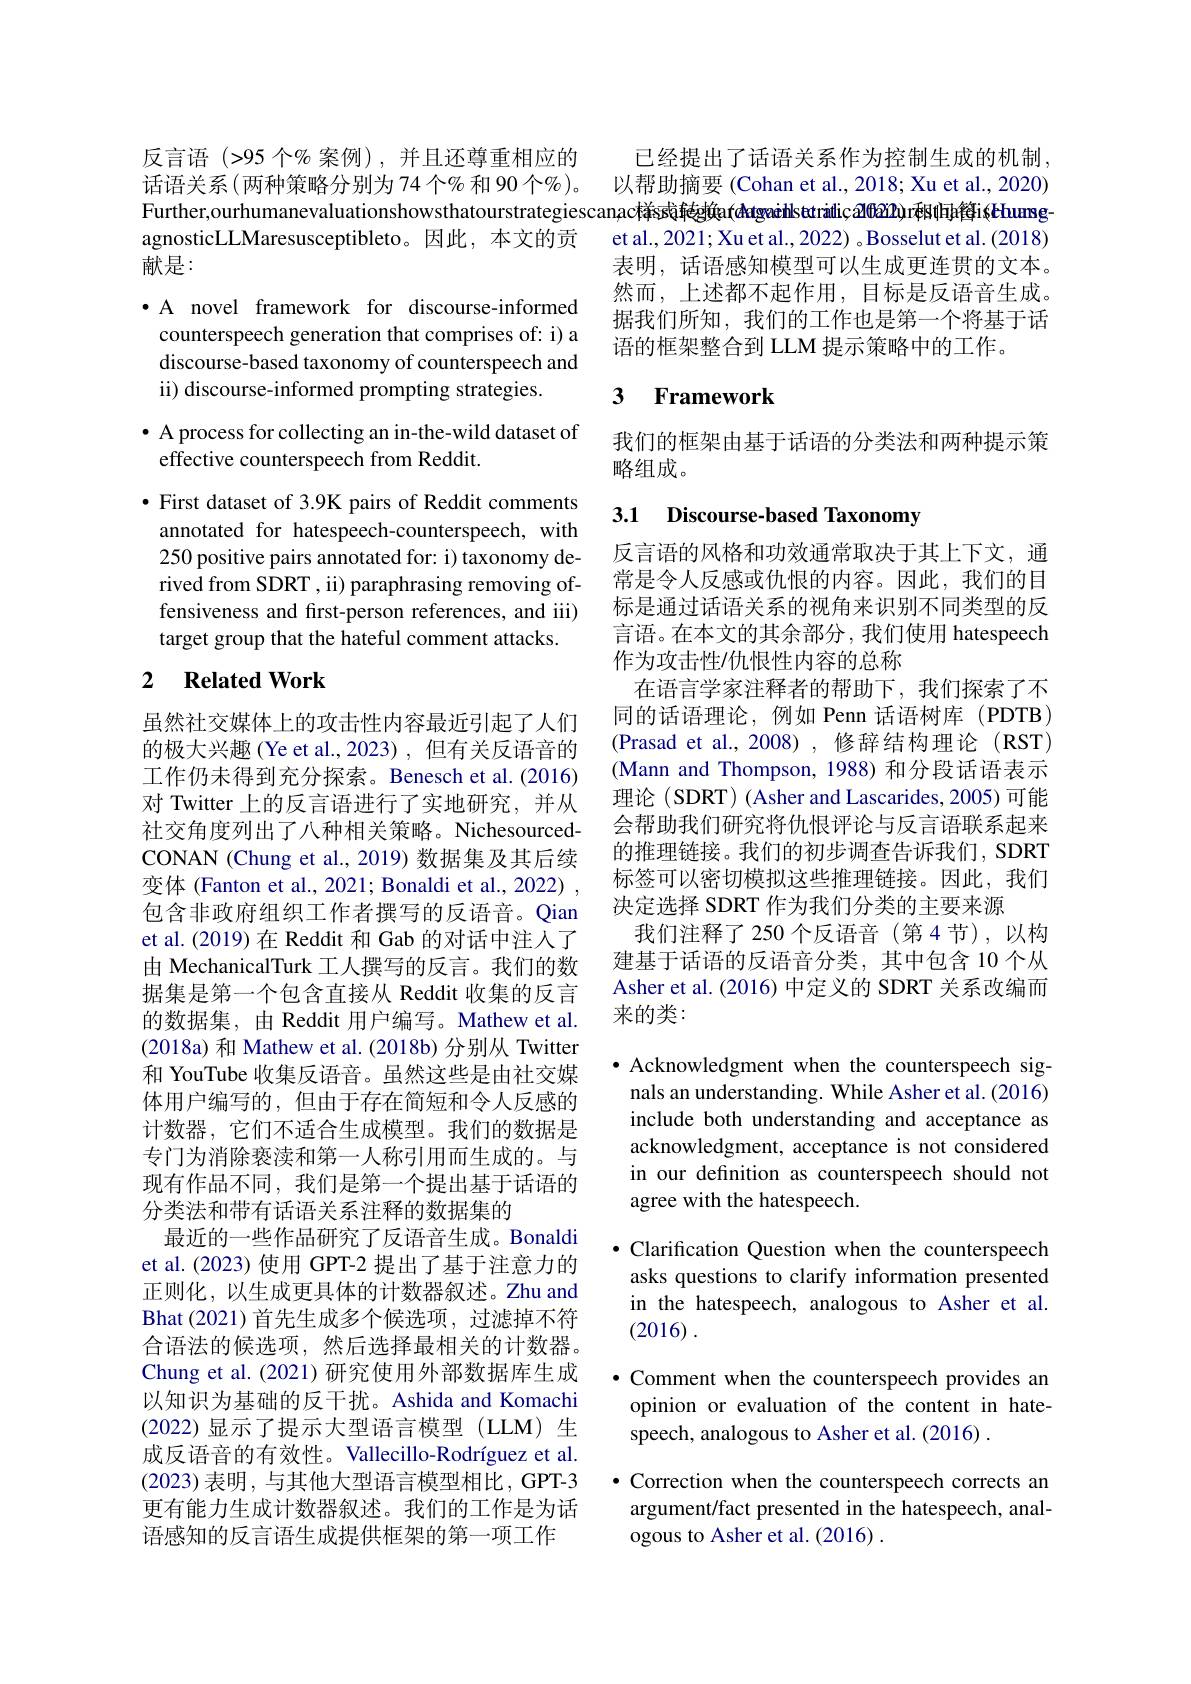
反言语(>95 个% 案例),并且还尊重相应的话语关系(两种策略分别为74个%和90个%)。Further,ourhumanevaluationshowsthatourstrategiescanac样ss或转g换n(tatgecihlstatridic,200212)rdith鹤is$e$huansg-
agnosticLLMaresusceptibleto。因此，本文的贡
献是：

· A novel framework for discourse-informed counterspeech generation that comprises of: i) a discourse-based taxonomy of counterspeech and ii) discourse-informed prompting strategies.

# · A process for collecting an in-the-wild dataset of effective counterspeech from Reddit.

$\bullet$ First dataset of 3.9K pairs of Reddit comments annotated for hatespeech-counterspeech, with 250 positive pairs annotated for: i) taxonomy derived from SDRT , ii) paraphrasing removing offensiveness and first-person references, and iii) target group that the hateful comment attacks.

# 2 Related Work

虽然社交媒体上的攻击性内容最近引起了人们的极大兴趣(Ye et al., 2023), 但有关反语音的工作仍未得到充分探索。Benesch et al.(2016) 对 Twitter 上的反言语进行了实地研究，并从社交角度列出了八种相关策略。NichesourcedCONAN (Chung et al., 2019) 数据集及其后续变体 (Fanton et al., 2021; Bonaldi et al., 2022) , 包含非政府组织工作者撰写的反语音。Qian et al. (2019) 在 Reddit 和 Gab 的对话中注人了由 MechanicalTurk 工人撰写的反言。我们的数据集是第一个包含直接从 Reddit 收集的反言的数据集，由 Reddit 用户编写。Mathew et al. (2018a) 和 Mathew et al. (2018b) 分别从 Twitter 和 YouTube 收集反语音。虽然这些是由社交媒体用户编写的，但由于存在简短和令人反感的计数器，它们不适合生成模型。我们的数据是专门为消除亵渎和第一人称引用而生成的。与现有作品不同，我们是第一个提出基于话语的分类法和带有话语关系注释的数据集的
最近的一些作品研究了反语音生成。Bonaldi et al. (2023) 使用 GPT-2 提出了基于注意力的正则化，以生成更具体的计数器叙述。Zhu and Bhat (2021) 首先生成多个候选项，过滤掉不符合语法的候选项，然后选择最相关的计数器。Chung et al.(2021)研究使用外部数据库生成以知识为基础的反干扰。Ashida and Komachi (2022)显示了提示大型语言模型(LLM)生成反语音的有效性。Vallecillo-Rodríguez et al. (2023)表明，与其他大型语言模型相比，GPT-3更有能力生成计数器叙述。我们的工作是为话语感知的反言语生成提供框架的第一项工作

已经提出了话语关系作为控制生成的机制， 以帮助摘要 (Cohan et al., 2018; Xu et al., 2020) et al., 2021; Xu et al., 2022) 。Bosselut et al. (2018) 表明，话语感知模型可以生成更连贯的文本。然而，上述都不起作用，目标是反语音生成。据我们所知，我们的工作也是第一个将基于话语的框架整合到 LLM 提示策略中的工作。

### $\textbf{3}$ $\textbf{Framework}$

我们的框架由基于话语的分类法和两种提示策
略组成。

### 3.1 Discourse-based Taxonomy

反言语的风格和功效通常取决于其上下文，通常是令人反感或仇恨的内容。因此，我们的目标是通过话语关系的视角来识别不同类型的反言语。在本文的其余部分，我们使用 hatespeech 作为攻击性/仇恨性内容的总称
在语言学家注释者的帮助下，我们探索了不同的话语理论，例如 Penn 话语树库(PDTB) (Prasad et al.,2008),修辞结构理论(RST) (Mann and Thompson, 1988) 和分段话语表示理论 (SDRT) (Asher and Lascarides, 2005)可能会帮助我们研究将仇恨评论与反言语联系起来的推理链接。我们的初步调查告诉我们，SDRT 标签可以密切模拟这些推理链接。因此，我们决定选择 SDRT 作为我们分类的主要来源
我们注释了250 个反语音(第4节),以构建基于话语的反语音分类，其中包含 10 个从Asher et al. (2016) 中定义的 SDRT 关系改编而来的类：

$\bullet$ Acknowledgment when the counterspeech sig-
nals an understanding. While Asher et al. (2016) include both understanding and acceptance as acknowledgment, acceptance is not considered in our definition as counterspeech should not agree with the hatespeech.

$\bullet$ Clarification Question when the counterspeech asks questions to clarify information presented in the hatespeech, analogous to Asher et al. (2016) .

$\bullet$ Comment when the counterspeech provides an opinion or evaluation of the content in hatespeech, analogous to Asher et al. (2016) .

$\bullet$ Correction when the counterspeech corrects an argument/fact presented in the hatespeech, analogous to Asher et al. (2016) .